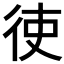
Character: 𫹒